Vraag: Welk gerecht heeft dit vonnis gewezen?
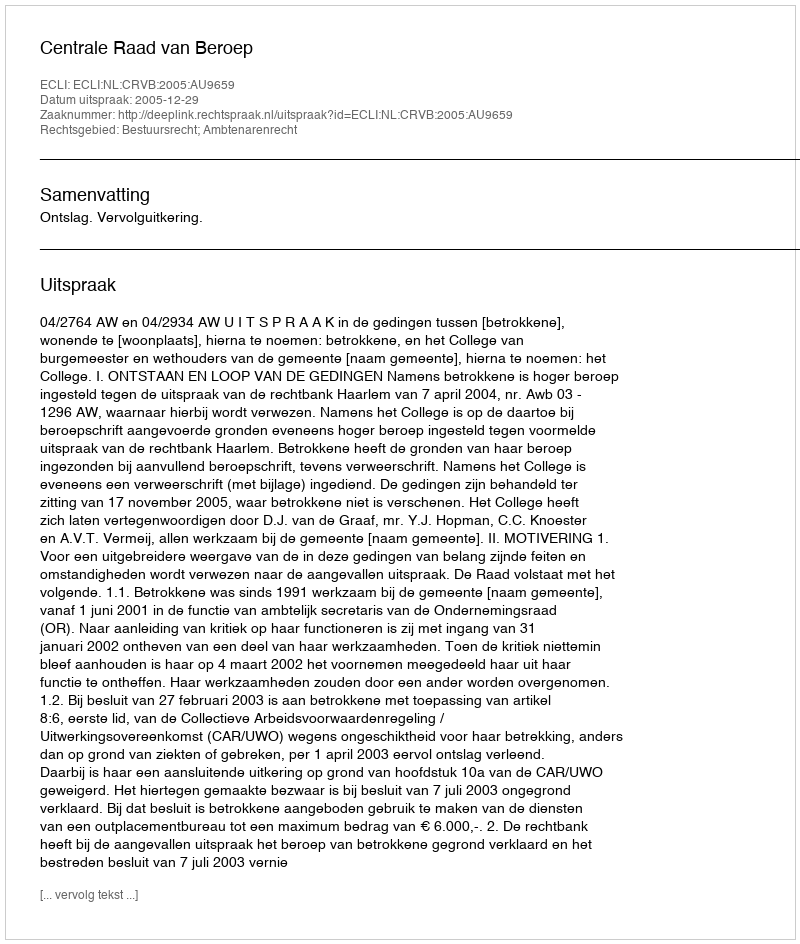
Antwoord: Centrale Raad van Beroep